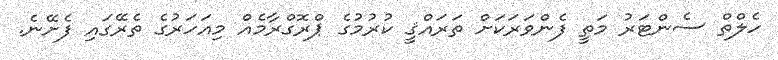
ހެލްތް ސެންޓަރު މަތީ ފެންވަރަކަށް ތަރައްޤީ ކުރުމުގެ ޕްރޮގްރާމެއް މިއަހަރުގެ ތެރޭގައި ފެށޭނެ.